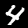
Digit: 4